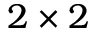
2 \times 2